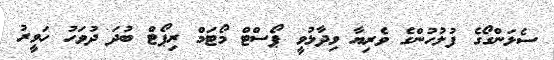
ސެލަންގޯގެ ފުލުހުންގެ ވެރިޔާ ވިދާޅުވީ ޕޯސްޓް މޯޓަމް ރިޕޯޓް ބުދަ ދުވަހު ހަވީރު